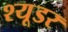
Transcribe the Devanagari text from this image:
श्यूडर